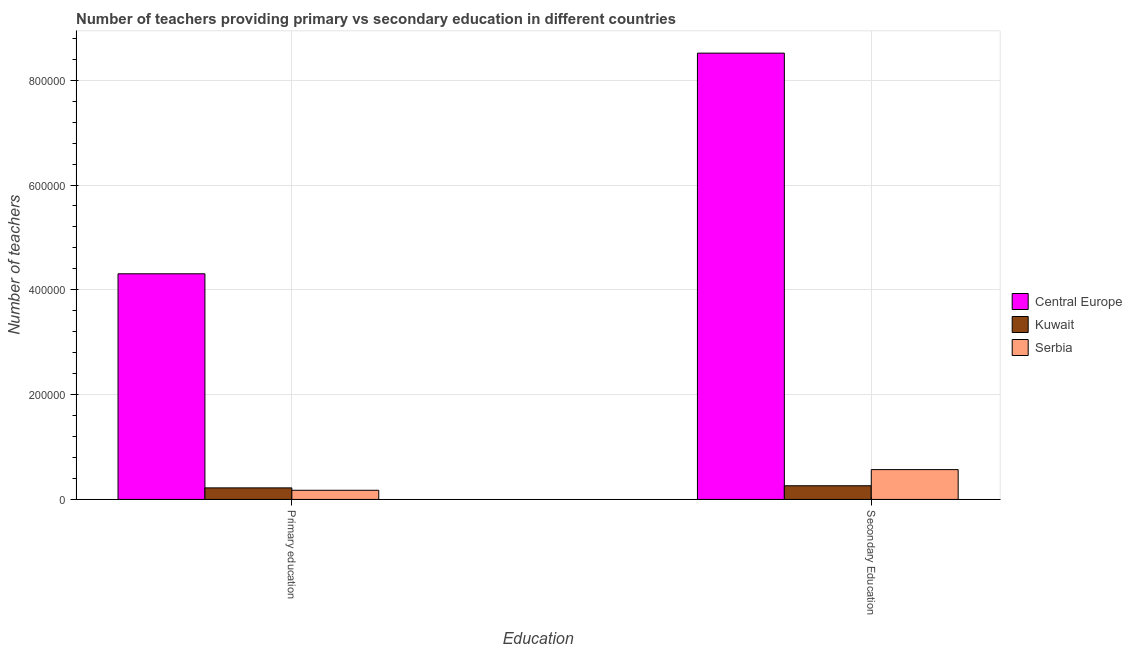
| Education | Central Europe | Kuwait | Serbia |
 | --- | --- | --- | --- |
 | Primary education | 4.31e+05 | 2.2e+04 | 1.75e+04 |
 | Secondary Education | 8.52e+05 | 2.61e+04 | 5.69e+04 |